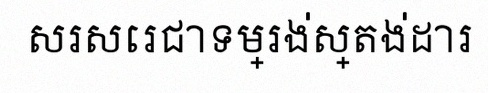
សរសេរជាទម្រង់ស្តង់ដារ